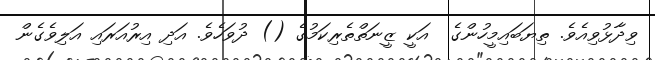
ވިދާޅުވިއެވެ. ތިޔަބައިމީހުންގެ  އަކީ ޒީނަތްތެރިކަމުގެ () ދުވަހެވެ. އަދި އިރުއަރައި އަލިވެގެން